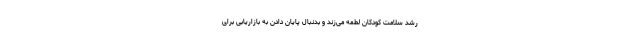
رشد سلامت کودکان لطمه می‌زند و بدنبال پایان دادن به بازاریابی برای